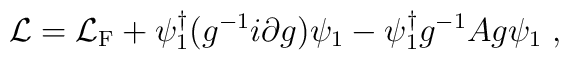
{\cal L}={\cal L}_{\rm F}+\psi^{\dagger}_1 (g^{-1}i\partial g )\psi_1 - \psi^{\dagger}_1g^{-1}A  g  \psi_1\; ,